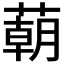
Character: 𦺓